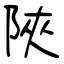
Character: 陜